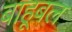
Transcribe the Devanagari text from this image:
बाहूबल